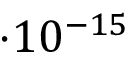
\cdot 1 0 ^ { - 1 5 }